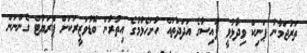
ތަރުޖަމާނު ޕަނިކް ވިދާޅުވީ ފައިސާގެ އަދަދުތައް ހުށަހެޅުމުގެ އިތުރުން ބޮޑުވަޒީރަކަށް ޕްރަޔުޓް ގެންނަން